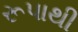
રૂપાથી